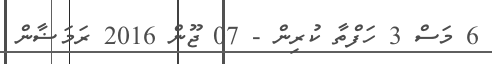
6 މަސް 3 ހަފްތާ ކުރިން - 07 ޖޫން 2016 ރަމަޟާން